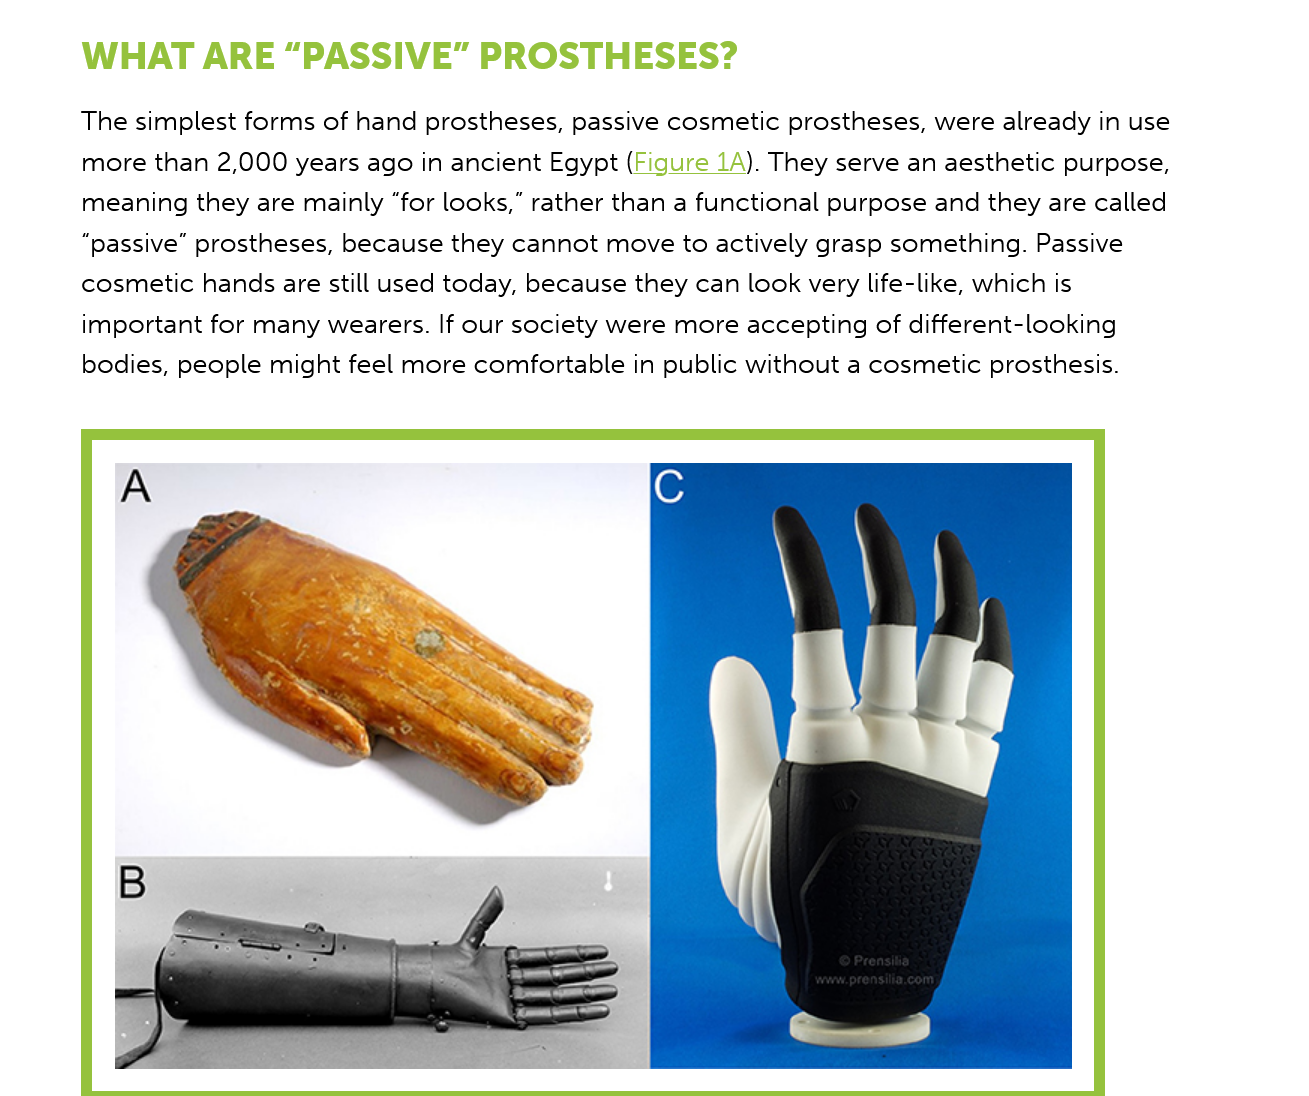
WHAT  ARE   “PASSIVE”    PROSTHESES?
     The simplest forms of hand prostheses, passive cosmetic prostheses, were already in use
     more than 2,000 years ago in ancient Egypt (Figure 1A). They serve an aesthetic purpose,
     meaning they are mainly “for looks,” rather than a functional purpose and they are called

     “passive” prostheses, because they cannot move to actively grasp something. Passive
     cosmetic hands are still used today, because they can look very life-like, which is
     important for many wearers. If our society were more accepting of different-looking
     bodies, people might feel more comfortable in public without a cosmetic prosthesis.